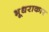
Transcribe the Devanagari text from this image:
भूधराकार